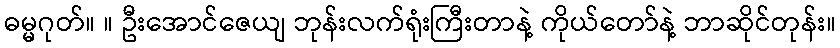
ဓမ္မဂုတ်။ ။ ဦးအောင်ဇေယျ ဘုန်းလက်ရုံးကြီးတာနဲ့ ကိုယ်တော်နဲ့ ဘာဆိုင်တုန်း။